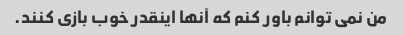
من نمی توانم باور کنم که آنها اینقدر خوب بازی کنند.